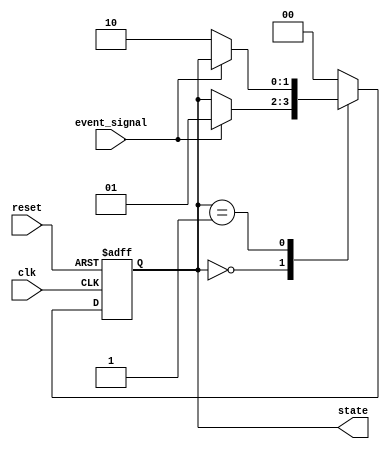
module fsm_example (
    input wire clk,          // Clock signal
    input wire reset,        // Reset signal
    input wire event_signal, // An external event signal
    output reg [1:0] state   // Two-bit state output
);

// State encoding
localparam STATE_IDLE    = 2'b00;
localparam STATE_ACTIVE  = 2'b01;
localparam STATE_DONE    = 2'b10;

always @(posedge clk or posedge reset) begin
    if (reset) begin
        // Reset state
        state <= STATE_IDLE;
    end else begin
        // State Machine
        case (state)
            STATE_IDLE: begin
                if (event_signal) begin
                    state <= STATE_ACTIVE; // Transition to ACTIVE state on event
                end
            end

            STATE_ACTIVE: begin
                // Example condition to transition to DONE state
                if (!event_signal) begin
                    state <= STATE_DONE; // Transition to DONE state if event_signal is low
                end
            end
            
            STATE_DONE: begin
                // Automatically return to IDLE state after DONE for demonstration
                state <= STATE_IDLE; // Transition back to IDLE
            end
            
            default: state <= STATE_IDLE; // Default case if none matched
        endcase
    end
end

endmodule